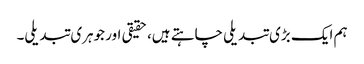
ہم ایک بڑی تبدیلی چاہتے ہیں، حقیقی اور جوہری تبدیلی۔